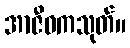
အာဇီဝကသုတ်။